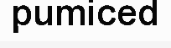
pumiced